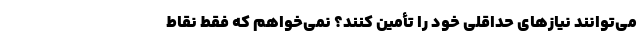
می‌توانند نیازهای حداقلی خود را تأمین کنند؟ نمی‌خواهم که فقط نقاط